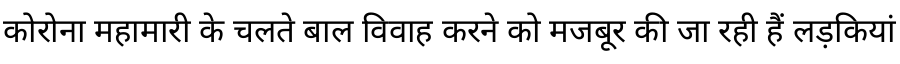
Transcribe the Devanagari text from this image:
कोरोना महामारी के चलते बाल विवाह करने को मजबूर की जा रही हैं लड़कियां